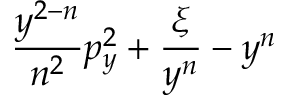
\! \! \frac { y ^ { 2 - n } } { n ^ { 2 } } p _ { y } ^ { 2 } + \frac { \xi } { y ^ { n } } - y ^ { n } \! \!